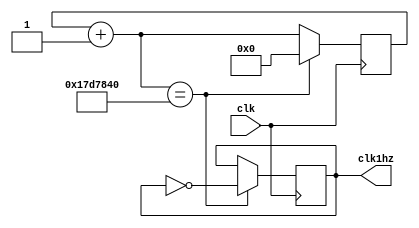
`timescale 1ns / 1ps
module ClkDiv(
    input clk,
    output clk1hz
    );

	reg [24:0] counter;
	reg clk1hz_buff;

	assign clk1hz = clk1hz_buff;

	always @ (posedge clk)
	begin
		 counter = counter + 1;
		 
		 if (counter == 25000000) begin
			  clk1hz_buff = !clk1hz_buff;
			  counter = 25'h0;
		 end
	end

	initial begin
		clk1hz_buff = 0;
		counter = 25'h0;
	end

endmodule